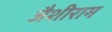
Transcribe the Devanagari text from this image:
जैशीराम